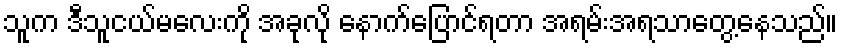
သူက ဒီသူငယ်မလေးကို အခုလို နောက်ပြောင်ရတာ အရမ်းအရသာတွေ့နေသည်။